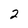
Character: 2